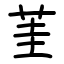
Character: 茥